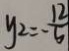
y _ { 2 } = - \frac { 1 2 } { 5 }